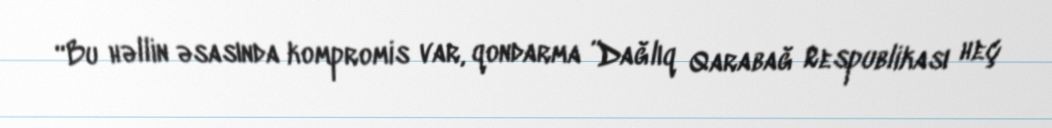
“Bu həllin əsasında kompromis var, qondarma ”Dağlıq Qarabağ Respublikası heç